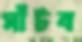
সাঁটব